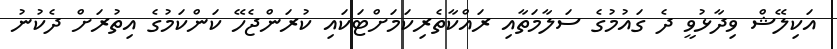
އަކިލޭޝް ވިދާޅުވީ ދެ ގައުމުގެ ސަލާމަތާއި ރައްކާތެރިކަމަށްޓަކައި ކުރަންޖެހޭ ކަންކަމުގެ އިތުރަށް ދެކުނު